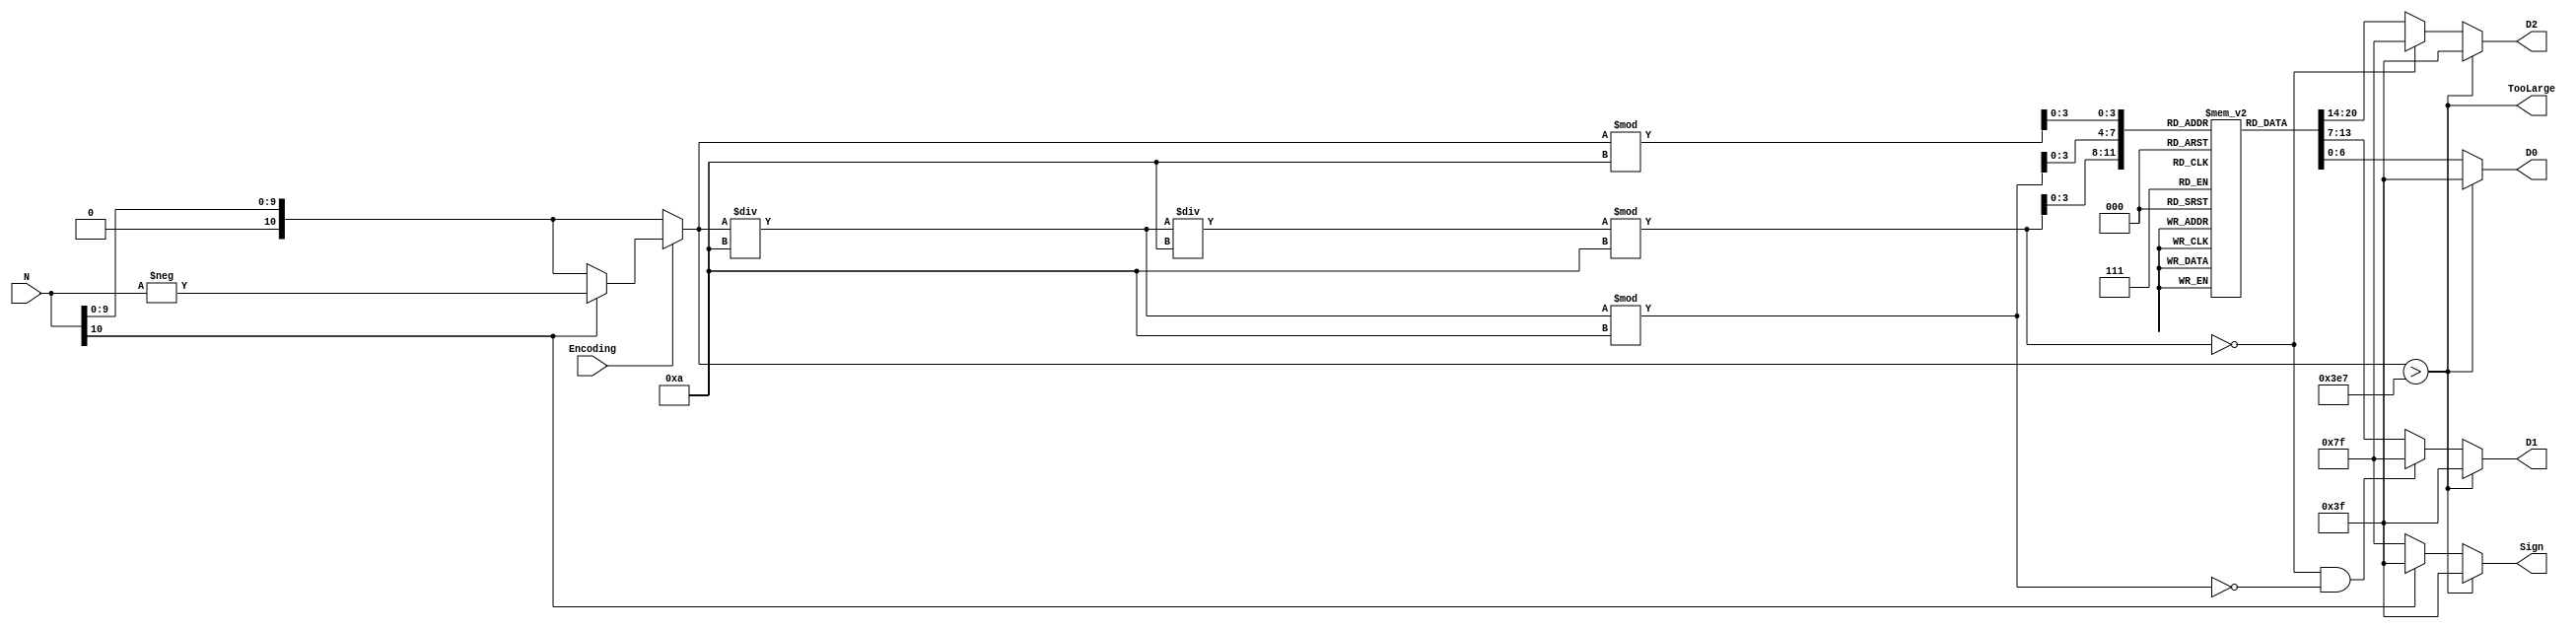
// W-Bit binary number to 4-Digit 7-Segment Display
module Binary_to_7SEG
	#(parameter W = 11)				// Default bit width
	(input [W-1:0] N,					// W-bit "signed" number			
	 input Encoding,					// Signed-Magnitude: 0, Two's Complement: 1
	 output [6:0] Sign,				// 7SEG display for sign
	 output [6:0] D2, D1, D0,		// 7SEG display for the three digits
	 output TooLarge					// N too large to display
	);

// Named HEX Outputs
	localparam ZERO 	= 7'b1000000;	// 64
	localparam ONE		= 7'b1111001; 	// 121
	localparam TWO		= 7'b0100100; 	// 36
	localparam THREE	= 7'b0110000; 	// 48
	localparam FOUR	= 7'b0011001; 	// 25
	localparam FIVE	= 7'b0010010; 	// 18
	localparam SIX		= 7'b0000010; 	// 2
	localparam SEVEN	= 7'b1111000; 	// 120
	localparam EIGHT	= 7'b0000000; 	// 0
	localparam NINE	= 7'b0010000; 	// 16
	localparam MINUS	= 7'b0111111;	// 63
	localparam OFF		= 7'b1111111; 	// 127

// Load the look-up table
	reg [6:0] LUT[0:9];					// Magnitude Look-up Table
	initial begin
		LUT[0] = ZERO;
		LUT[1] = ONE;
		LUT[2] = TWO;
		LUT[3] = THREE;
		LUT[4] = FOUR;
		LUT[5] = FIVE;
		LUT[6] = SIX;
		LUT[7] = SEVEN;
		LUT[8] = EIGHT;
		LUT[9] = NINE;
	end

	
// Find Magnitude
	wire [W-1:0] Magnitude;
	assign Magnitude = Encoding? (N[W-1] ? -N : N) : N[W-2:0];

// Check if N can be displayed
	assign TooLarge = (Magnitude > 'd999);


// Get digits of N
	wire [W-1:0] Quotient0, Quotient1, Digit0, Digit1, Digit2;
	assign Quotient0 = Magnitude / 4'b1010;
	assign Quotient1 = Quotient0 / 4'b1010;
	assign Digit0 = Magnitude % 4'b1010;
	assign Digit1 = Quotient0 % 4'b1010;
	assign Digit2 = Quotient1 % 4'b1010;
	
// Display: indicate out-of-range with "dashes"
		assign Sign = TooLarge? MINUS : (N[W-1]? MINUS : OFF);	// - if negative, blank if positive
		assign D2 = TooLarge? MINUS : ((Digit2 == 'd0) ? OFF : LUT[Digit2]);
		assign D1 = TooLarge? MINUS : ((Digit2 == 'd0) & (Digit1 == 'd0) ? OFF : LUT[Digit1]);
		assign D0	= TooLarge? MINUS : LUT[Digit0];
endmodule